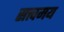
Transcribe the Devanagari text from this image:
सत्त्वमय